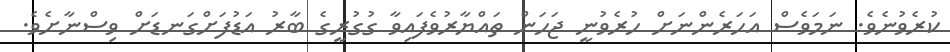
ކުރެވުނެވެ. ނަމަވެސް އަހަރެންނަށް ހުރެވުނީ ޖަހަން ތައްޔާރުވެފައިވާ ގުގުރީގެ ބާރު އަޑުފަށްގަނޑަށް ވިސްނާށެވެ.